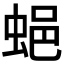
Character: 𧋾